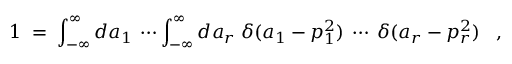
1 \; = \; \int _ { - \infty } ^ { \infty } d a _ { 1 } \: \cdots \int _ { - \infty } ^ { \infty } d a _ { r } \; \delta ( a _ { 1 } - p _ { 1 } ^ { 2 } ) \: \cdots \: \delta ( a _ { r } - p _ { r } ^ { 2 } ) \; \; \; ,